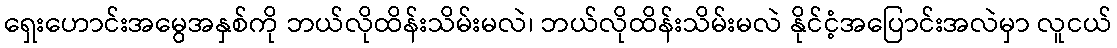
ရှေးဟောင်းအမွေအနှစ်ကို ဘယ်လိုထိန်းသိမ်းမလဲ၊ ဘယ်လိုထိန်းသိမ်းမလဲ နိုင်ငံ့အပြောင်းအလဲမှာ လူငယ်